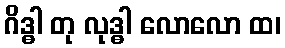
ဂိဒ္ဓါ တု လုဒ္ဓါ လောလော ထ၊